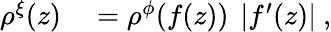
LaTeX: \begin{array}{rl}{\rho^{\xi}(z)}&{{}=\rho^{\phi}(f(z))\ \left|f^{\prime}(z)\right|\ ,}\end{array}